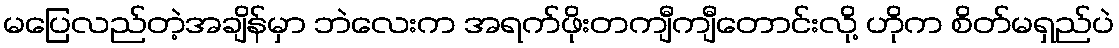
မပြေလည်တဲ့အချိန်မှာ ဘဲလေးက အရက်ဖိုးတကျီကျီတောင်းလို့ ဟိုက စိတ်မရှည်ပဲ